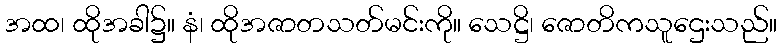
အထ၊ ထိုအခါ၌။ နံ၊ ထိုအဇာတသတ်မင်းကို။ သေဋ္ဌိ၊ ဇောတိကသူဌေးသည်။